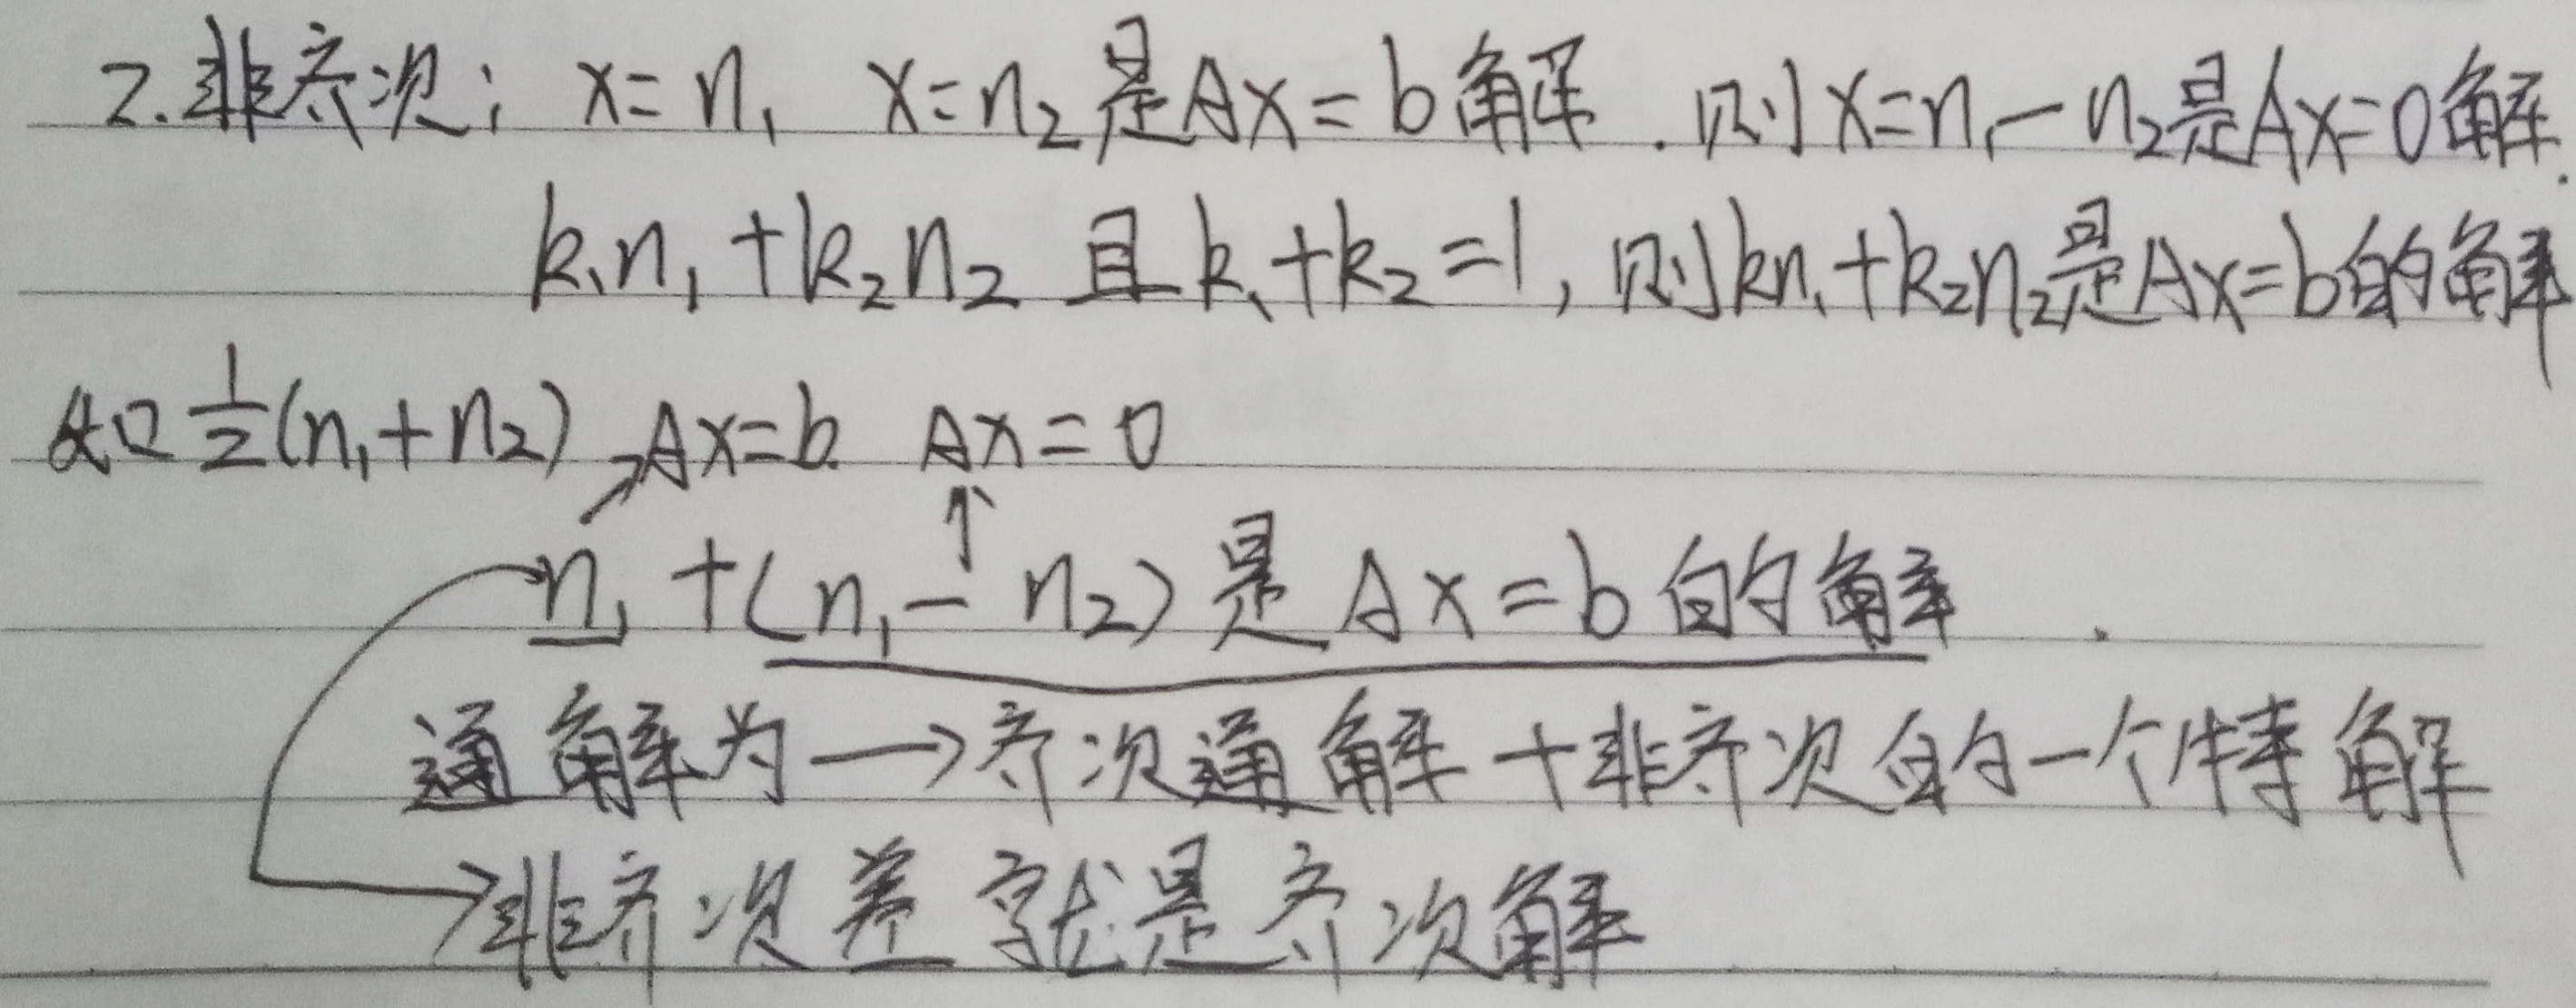
2. 非齐次：若\(x = \eta_1\)，\(x=\eta_2\)是\(Ax = b\)的解，则\(x=\eta_1-\eta_2\)是\(Ax = 0\)的解。若\(k_1\eta_1 + k_2\eta_2\)且\(k_1 + k_2 = 1\)，则\(k_1\eta_1 + k_2\eta_2\)是\(Ax = b\)的解。如\(\frac{1}{2}(\eta_1+\eta_2)\) 。对于\(Ax = b\)与\(Ax = 0\)，\(\eta_1+(\eta_1 - \eta_2)\)是\(Ax = b\)的解。通解为：齐次通解 + 非齐次的一个特解。这意味着非齐次方程两个解的差就是齐次方程的解。